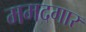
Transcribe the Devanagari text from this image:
ममदगार